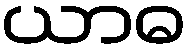
ယာဓ